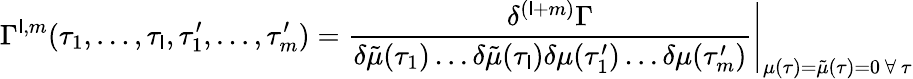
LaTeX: \Gamma^{\mathsf{l},m}(\tau_{1},\dots,\tau_{\mathsf{l}},\tau_{1}^{\prime},\dots,\tau_{m}^{\prime})=\frac{{\delta^{(\mathsf{l}+m)}\Gamma}}{{\delta\tilde{{\mu}}(\tau_{1})\dots\delta\tilde{{\mu}}(\tau_{\mathsf{l}})\delta{\mu}(\tau_{1}^{\prime})\dots\delta{\mu}(\tau_{m}^{\prime})}}\Bigg|_{\mu(\tau)=\tilde{{\mu}}(\tau)=0\mathrm{{~}}\forall\mathrm{{~}}\tau}